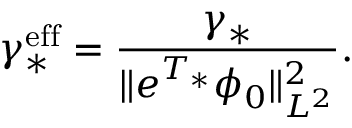
\gamma _ { * } ^ { \mathrm { e f f } } = \frac { \gamma _ { * } } { \Vert e ^ { T _ { * } } \phi _ { 0 } \Vert _ { L ^ { 2 } } ^ { 2 } } .